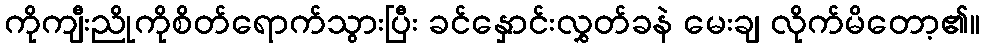
ကိုကျီးညိုကိုစိတ်ရောက်သွားပြီး ခင်နှောင်းလွှတ်ခနဲ မေးချ လိုက်မိတော့၏။